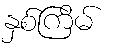
နှစ်ကြိမ်